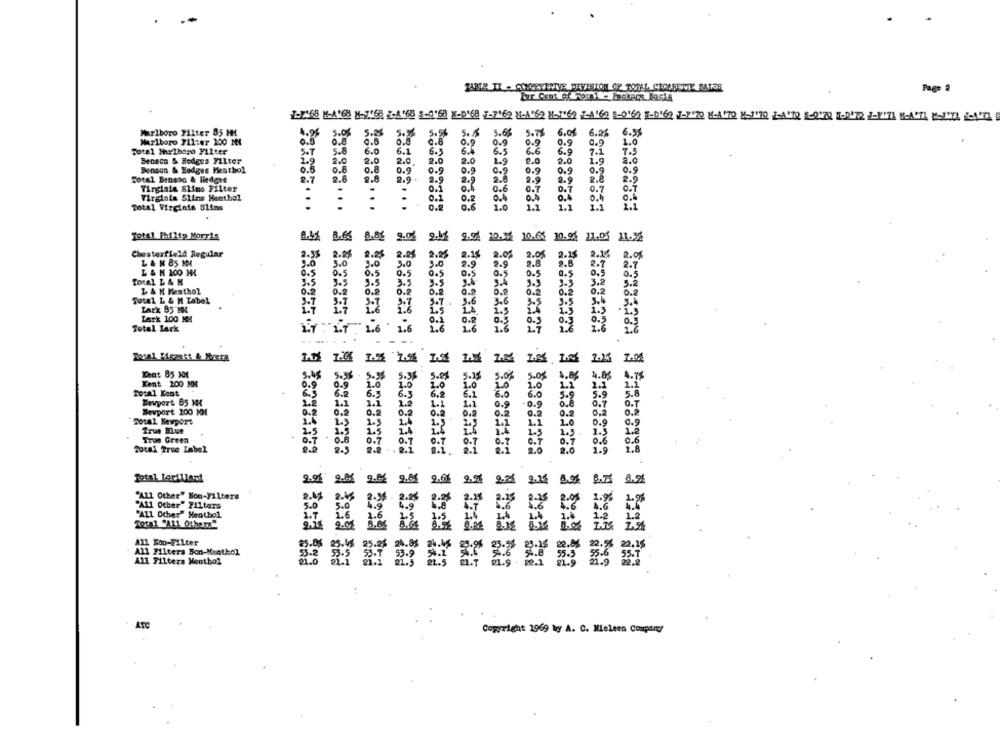
Pago 3
1-1 68 M-A'68 N- SUSE 1-A'68 5-0'68 X-D'68 5-7169 M-A'69 H-J'69 7-A169 5-O'60 S-D'69 J-P'70 HA'70 MITO LA'N 8-070 1-07 2-PITI MACUL UNIT 4-140
Marlboro Filter 85 MM
4.95
5.05
5.25
5.%
5.56
5.68
5.78
6.08
6.2%
6.3%
Marlboro 711:47 100 MN
0.5
0.9
0.9
0.9
0.9
0.9
1.0
Fotel Minulbogo Filter
5.8
6.0
6.1
6.
6.4
6.5
66
6.9
7.1
7.5
Benson & Hedges Filter
2.9
2.0
2.0
2.0
2.0
2.0
1.9
2.0
2.0
1.9
2.0
Benson & Eedges Heathol
0.5
0.8
0.8
0.9
0.9
0.9
0.9
0.9
Total Benson & Ihedges
3.7
2.8
2.0
2.9
2.9
2.9
2.9
2.9
2.9
Virginia Slims Filter
0.6
0.7
0.7
0.7
.
.
0.1
0.1
0.4
0.
Virginia Slins Menthol
.
0.2
0.4
Total Virginia Slims
...
0.6
1.0
1.1
1.1
1.1
1.1
Total Philip Morris
8.66
2.01
9.91 70.72 10.45 10.04 21.05 11.32
Chesterfield Regular
2.35
2.25
2.25
2.85
2.25
2.15
2.08
2.05
2.15
2.14
2.0%
3.0
3.0
2.9
2.9
2.8
3.0
3.0
2.8
2.7
2.7
L & M 100 HK
6.5
0.5
0.5
0.5
0.5
0.5
0.5
0.5
0.5
0.5
0.5
Total L & M
3.5
3.5
3.5
3.5
3.5
3.4
3.5
3.2
5.2
L & M Kesthol
0.2
0.2
0.2
0.9
0.2
0.2
0.2
Total L & M Label
3.7
3.6
3.6
3.5
3.5
3.7
3. T
1.4
LArk B5 MM
1.7
1.6
1.5
1.5
1.3
1.5
Lark 100 NM
0.1
0.
0.3
0.
Total Lack
1.6 ' 1.6
1.6
1.6
2.7
1.6
1.7. 1.1
2.6
Total Hisastt & Mera
2.01
5.25
4.85
4.75
Kent 200 NM
3.35
5.0%
2.1
1.0
1.0
Total Kent
6.3
6.3
6.0
6.0
Newport 65 MX
1.2
0.9
0.9
0.7
0.7
Bevport 200 101
0.2
0.2
0.8
0.9
Total Newport
Trus Blue
2.4
Trus Green
0.7
0.6
0.6
Total free Label
6 . T
6.7
1.9
1.8
Total Jarilland
2.0%
2.0 2.85
"All Other" Non-Filters
2.28
"ALL Other" PILters
4.9
"All Other" Hentbol
Total "ALL Other"
All Kon-Filter
24.8%
All Filters Bon-Menthol
53.9
All Filters Menthol
21.5
Copyright 1969 by A. C. Nielsen Company